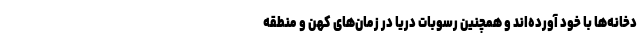
دخانه‌ها با خود آورده‌اند و همچنین رسوبات دریا در زمان‌های کهن و منطقه